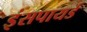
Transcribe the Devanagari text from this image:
इंसपायर्ड